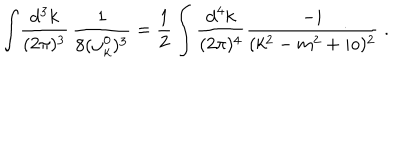
LaTeX: \int \! \frac { \mathrm { d ^ { 3 } } k } { ( 2 \pi ) ^ { 3 } } \, \frac { 1 } { 8 ( \omega _ { k } ^ { 0 } ) ^ { 3 } } = \frac { 1 } { 2 } \int \frac { \mathrm { d } ^ { 4 } k } { ( 2 \pi ) ^ { 4 } } \frac { - i } { ( k ^ { 2 } - m ^ { 2 } + i o ) ^ { 2 } } \; .